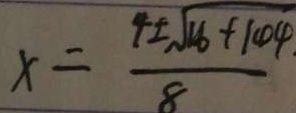
x = \frac { 4 \pm \sqrt { 1 6 + 1 4 4 } } { 8 }